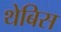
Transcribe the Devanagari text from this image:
थेबिस